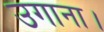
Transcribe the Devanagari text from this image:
उगाना।